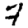
Digit: 7